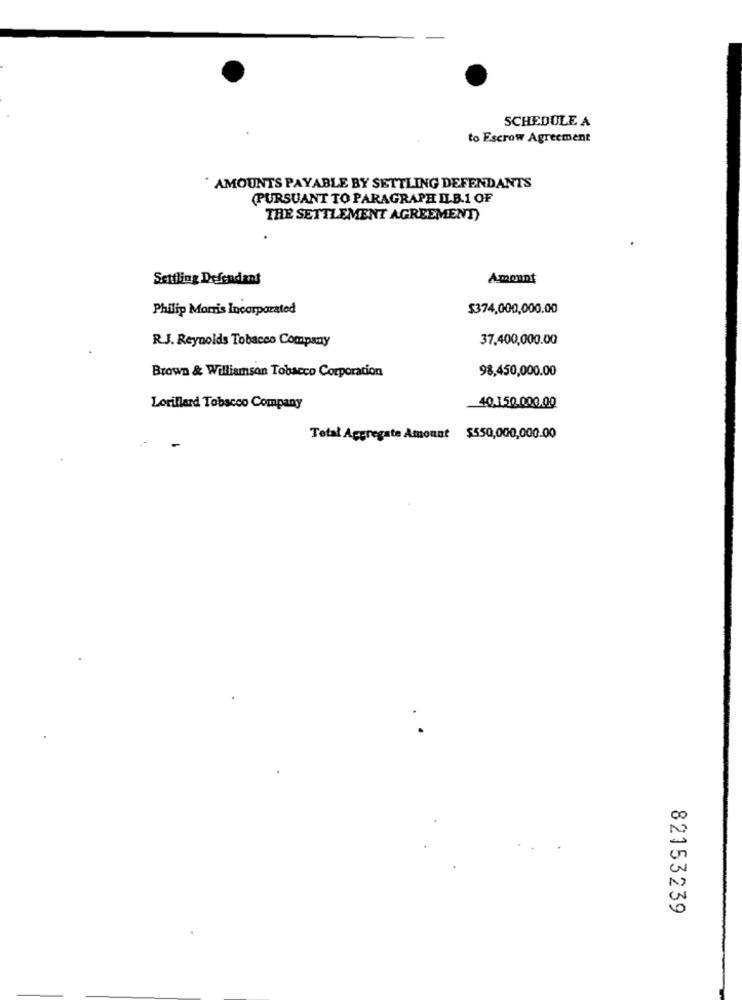
SCHEDULE A
to Escrow Agreement
AMOUNTS PAYABLE BY SETTLING DEFENDANTS
(PURSUANT TO PARAGRAPH ILB.1 OF
THE SETTLEMENT AGREEMENT)
Settling Defendant
Amount
Philip Morris Incorporated
$374,000,000.00
R.J. Reynolds Tobacco Company
37,400,000.00
Brown & Williamson Tobacco Corporation
98,450,000.00
Lorillard Tobacco Company
40.150.000.00
Total Aggregate Amount $550,000,000.00
82153239